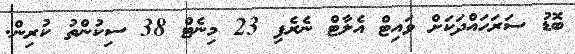
ބޮޑު ސަރަހައްދަކަށް ވައިޓް އެލާޓް ނެރެފި 23 މިނެޓް 38 ސިކުންތު ކުރިން.